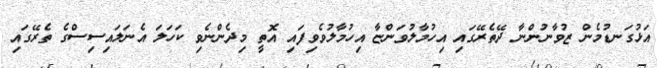
އަޅުގަނޑުމެން ޒުވާނުންނާ ދޭތެރޭގައި އިހުމާލުވަންޏާ އިހުމާލުވެވިފައި އޮތީ މިދެންނެވި ކަހަލަ އެނަލައިސިސްގެ ތެރޭގައި